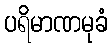
ပရိမာဏမုခံ